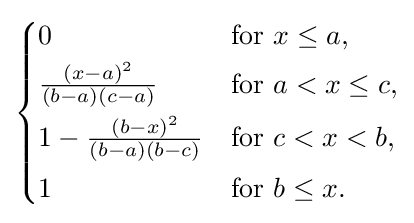
{\begin{cases}0&{\text{for }}x\leq a,\\[2pt]{\frac {(x-a)^{2}}{(b-a)(c-a)}}&{\text{for }}a<x\leq c,\\[4pt]1-{\frac {(b-x)^{2}}{(b-a)(b-c)}}&{\text{for }}c<x<b,\\[4pt]1&{\text{for }}b\leq x.\end{cases}}